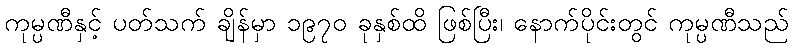
ကုမ္ပဏီနှင့် ပတ်သက် ချိန်မှာ ၁၉၇၀ ခုနှစ်ထိ ဖြစ်ပြီး၊ နောက်ပိုင်းတွင် ကုမ္ပဏီသည်